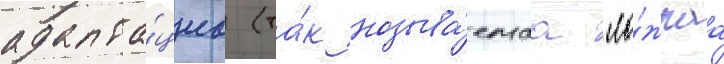
адапта́циа (та́к называ́емаа "ло́жнаа